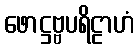
ဖောဋ္ဌဗ္ဗပရိဠာဟံ